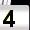
Digit: 4